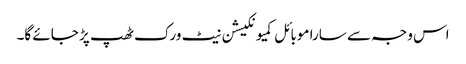
اس وجہ سے سارا موبائل کمیونکیشن نیٹ ورک ٹھپ پڑ جائے گا۔